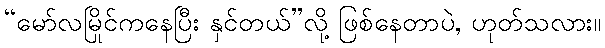
“မော်လမြိုင်ကနေပြီး နှင်တယ်”လို့ ဖြစ်နေတာပဲ, ဟုတ်သလား။